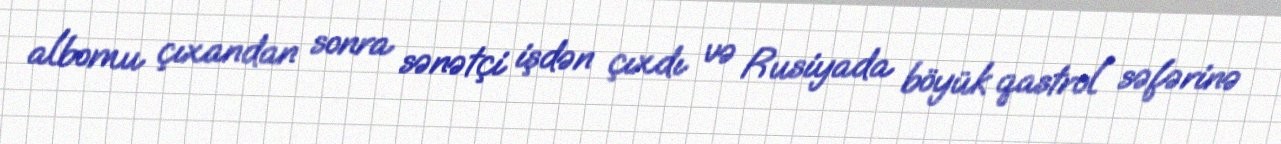
albomu çıxandan sonra sənətçi işdən çıxdı və Rusiyada böyük qastrol səfərinə